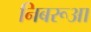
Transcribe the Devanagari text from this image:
निबरूआ